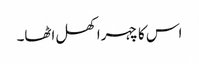
اس کا چہرا کھل اٹھا۔